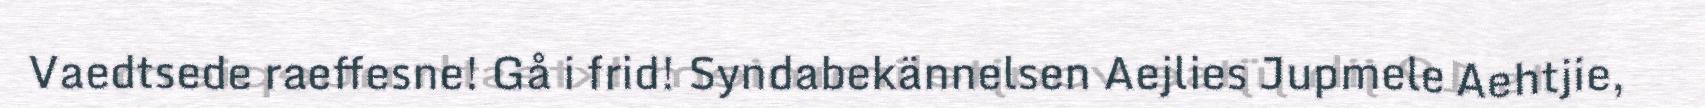
Vaedtsede raeffesne! Gå i frid! Syndabekännelsen Aejlies Jupmele Aehtjie,